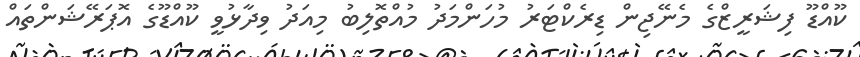
ކޫއްޑޫ ފިޝަރީޒްގެ މެނޭޖިން ޑިރެކްޓަރު މުހަންމަދު މުއްތޮލިބު މިއަދު ވިދާޅުވީ ކޫއްޑޫގެ އޮޕަރޭޝަންތައް